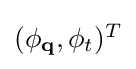
{\textstyle (\phi _{\mathbf {q} },\phi _{t})^{T}}